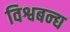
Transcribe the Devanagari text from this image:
विश्वबन्द्य